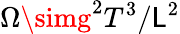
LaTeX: \Omega\simg^{2}T^{3}/\mathsf{L}^{2}